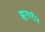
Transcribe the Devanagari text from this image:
झुगारीन